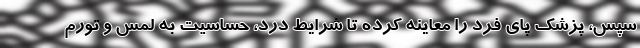
سپس، پزشک پای فرد را معاینه کرده تا شرایط درد، حساسیت به لمس و تورم